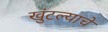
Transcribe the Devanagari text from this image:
खुंटल्याचे